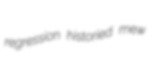
regression historied mew